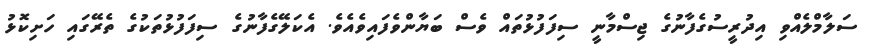
ސަލާމްލެއްވި އިދުރީސުގެފާނުގެ ޖިސްމާނީ ސިފަފުޅުތައް ވެސް ބަޔާންވެފައިވެއެވެ. އެކަލޭގެފާނުގެ ސިފަފުޅުތަކުގެ ތެރޭގައި ހަށިކޮޅު